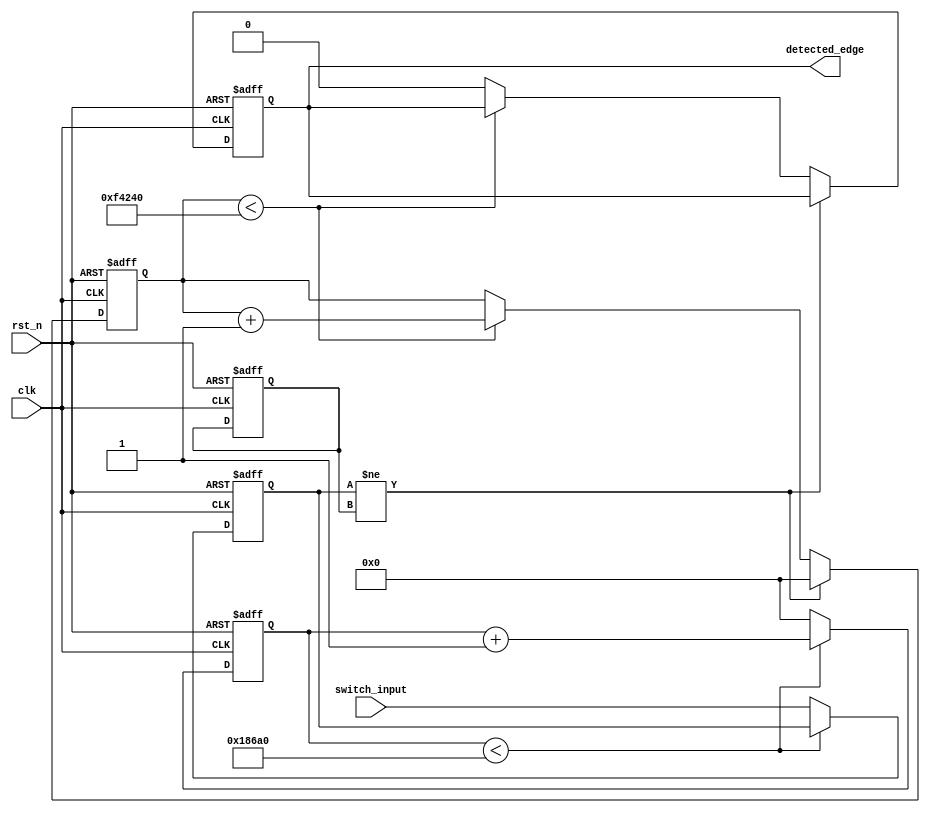
module DebouncedEdgeDetector (
    input wire clk,                // System clock
    input wire rst_n,              // Active low reset
    input wire switch_input,        // Raw switch input
    output reg detected_edge        // Detected edge output
);

    // Parameters
    parameter DEBOUNCE_TIME = 20'd1000000; // Adjust this value based on your clock frequency
    parameter SAMPLE_TIME = 20'd100000;     // Adjust this value based on your clock frequency

    // State variables
    reg [19:0] debounce_counter; // Counter for debounce timing
    reg [19:0] sample_counter;   // Counter for sampling
    reg stable_state;            // Last stable state of the switch
    reg switch_input_stable;     // Debounced switch input

    // State machine for debouncing
    always @(posedge clk or negedge rst_n) begin
        if (!rst_n) begin
            debounce_counter <= 20'd0;
            sample_counter <= 20'd0;
            stable_state <= 1'b0;
            switch_input_stable <= 1'b0;
            detected_edge <= 1'b0;
        end else begin
            // Sample the switch input at regular intervals
            if (sample_counter < SAMPLE_TIME) begin
                sample_counter <= sample_counter + 20'd1;
            end else begin
                sample_counter <= 20'd0;
                switch_input_stable <= switch_input; // Sample the input
            end

            // Debounce logic
            if (switch_input_stable != stable_state) begin
                // Reset the debounce counter if the state changes
                debounce_counter <= 20'd0;
            end else if (debounce_counter < DEBOUNCE_TIME) begin
                debounce_counter <= debounce_counter + 20'd1;
            end else begin
                // Update stable state and detect edge
                if (switch_input_stable != stable_state) begin
                    stable_state <= switch_input_stable;
                    detected_edge <= 1'b1; // Edge detected
                end else begin
                    detected_edge <= 1'b0; // No edge detected
                end
            end
        end
    end

endmodule